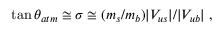
\tan \theta _ { a t m } \cong \sigma \cong ( m _ { s } / m _ { b } ) | V _ { u s } | / | V _ { u b } | ~ ,